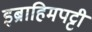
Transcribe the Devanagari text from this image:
इब्राहिमपट्टी